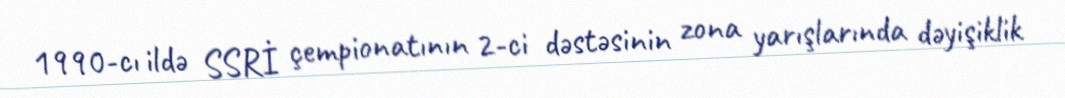
1990-cı ildə SSRİ çempionatının 2-ci dəstəsinin zona yarışlarında dəyişiklik